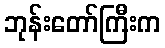
ဘုန်းတော်ကြီးက